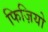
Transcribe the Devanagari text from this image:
फिज़ियो